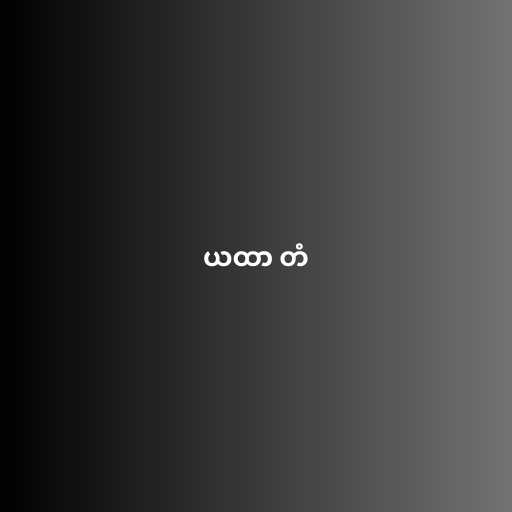
ယထာ တံ